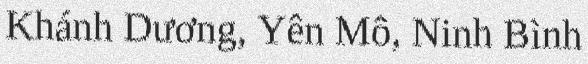
Khánh Dương, Yên Mô, Ninh Bình